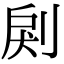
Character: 𠜺